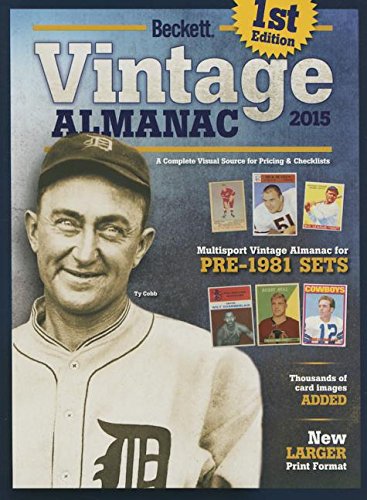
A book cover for Beckett Vintage Almanac 2015; Crafts, Hobbies & Home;